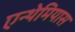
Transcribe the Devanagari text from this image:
एन्थेमियास